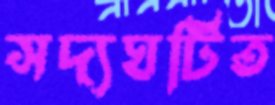
সদ্যঘটিত